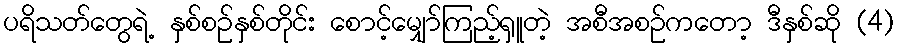
ပရိသတ်တွေရဲ့ နှစ်စဉ်နှစ်တိုင်း စောင့်မျှော်ကြည့်ရှူတဲ့ အစီအစဉ်ကတော့ ဒီနှစ်ဆို (4)